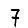
Digit: 7